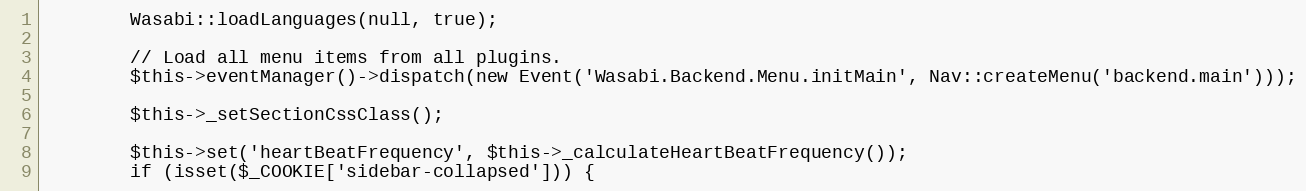
Language: PHP
        Wasabi::loadLanguages(null, true);

        // Load all menu items from all plugins.
        $this->eventManager()->dispatch(new Event('Wasabi.Backend.Menu.initMain', Nav::createMenu('backend.main')));

        $this->_setSectionCssClass();

        $this->set('heartBeatFrequency', $this->_calculateHeartBeatFrequency());
        if (isset($_COOKIE['sidebar-collapsed'])) {